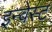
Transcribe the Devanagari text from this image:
इन्वेस्ट